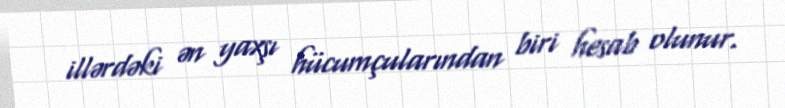
illərdəki ən yaxşı hücumçularından biri hesab olunur.